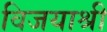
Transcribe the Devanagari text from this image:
विजयाश्री